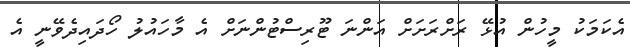
އެކަމަކު މީހުން އުޅޭ ރަށްރަށަށް އަންނަ ޓޫރިސްޓުންނަށް އެ މާހައުލު ހޯދައިދެވޭނީ އެ